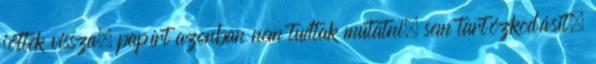
jöttek vissza, papírt azonban nem tudtak mutatni, sem tartózkodásit,